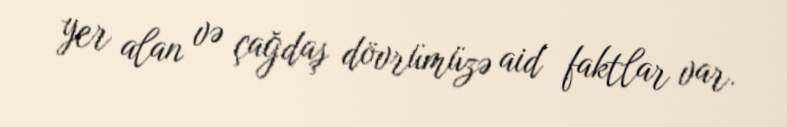
yer alan və çağdaş dövrümüzə aid faktlar var.